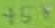
Text: +5V